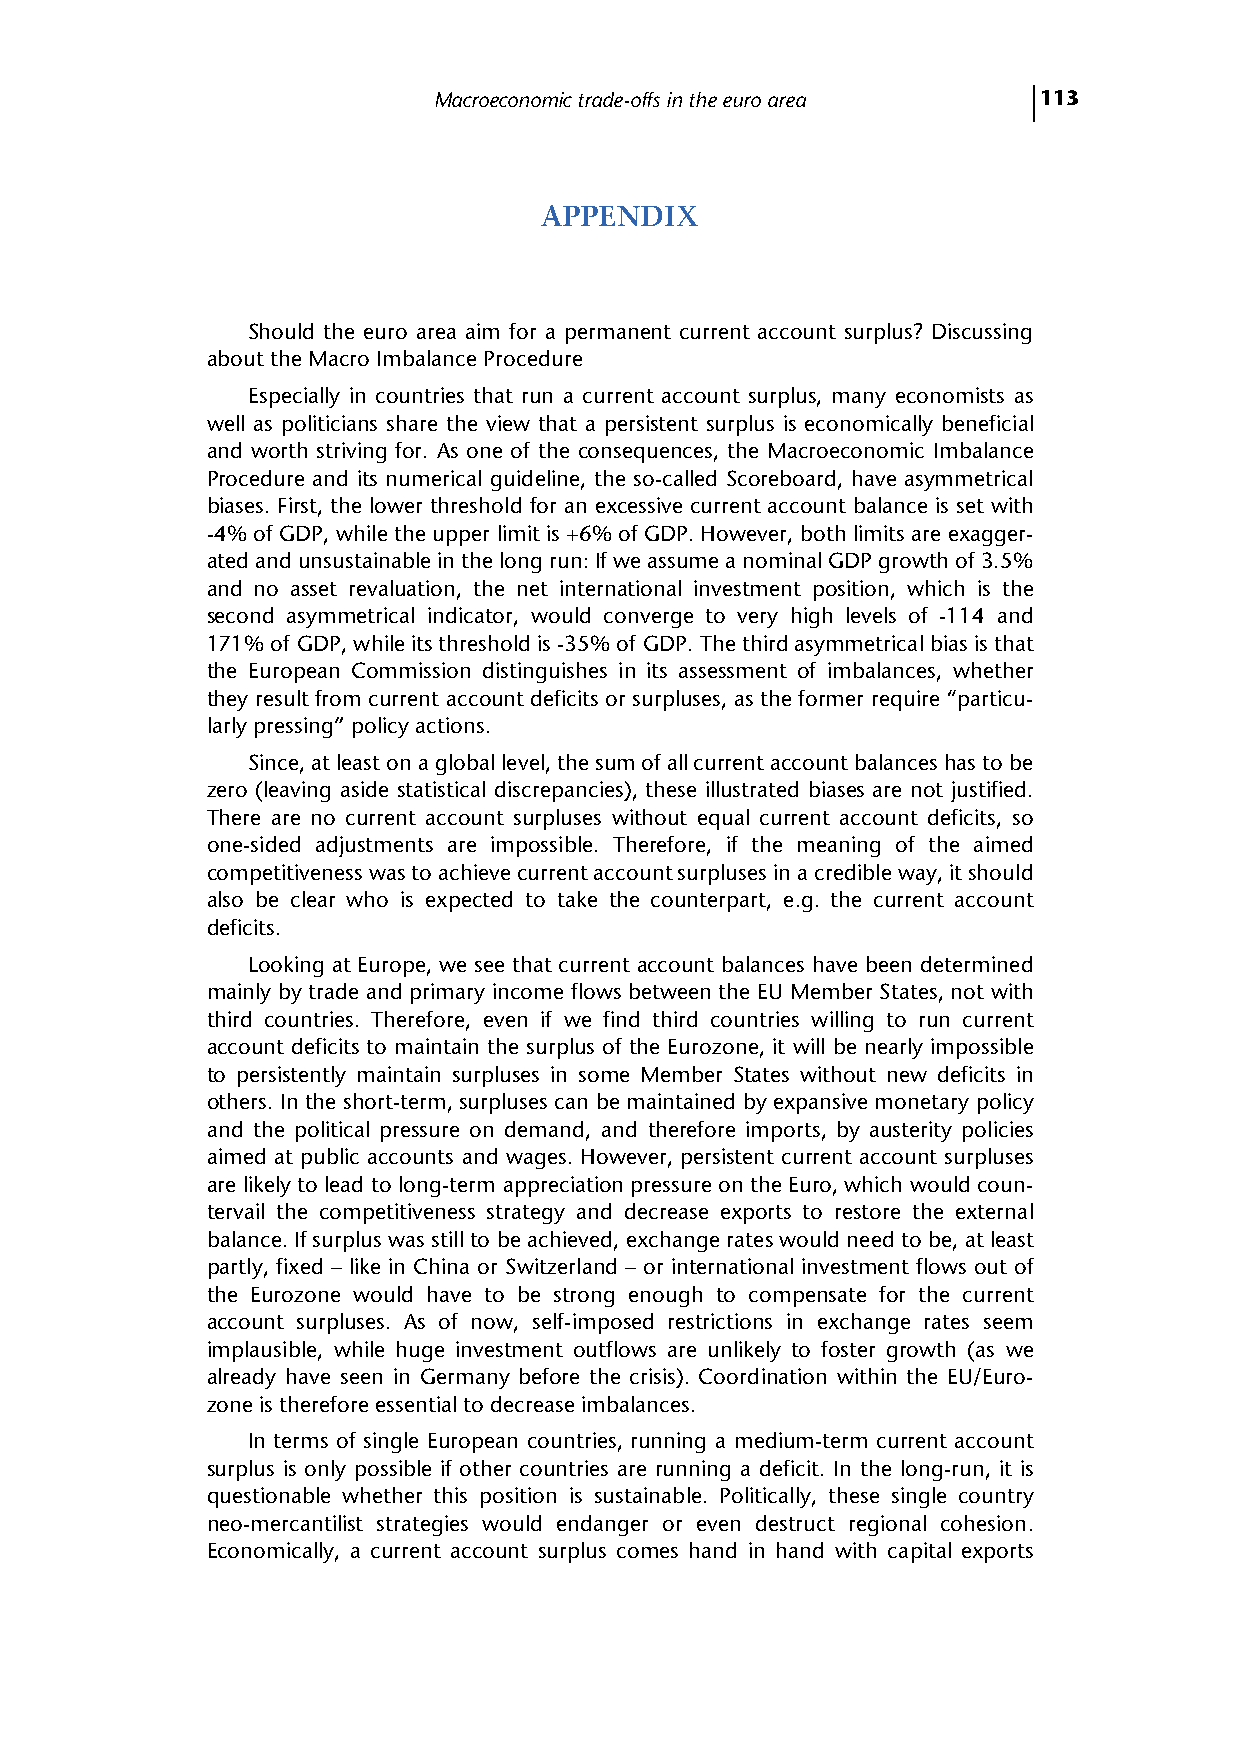
Macroeconomic trade-offs in the euro area 113
 APPENDIX
 Should the euro area aim for a permanent current account surplus? Discussing
 about the Macro Imbalance Procedure
 Especially in countries that run a current account surplus, many economists as
 well as politicians share the view that a persistent surplus is economically beneficial
 and worth striving for. As one of the consequences, the Macroeconomic Imbalance
 Procedure and its numerical guideline, the so-called Scoreboard, have asymmetrical
 biases. First, the lower threshold for an excessive current account balance is set with
 -4% of GDP, while the upper limit is +6% of GDP. However, both limits are exagger-
 ated and unsustainable in the long run: If we assume a nominal GDP growth of 3.5%
 and no asset revaluation, the net international investment position, which is the
 second asymmetrical indicator, would converge to very high levels of -114 and
 171% of GDP, while its threshold is -35% of GDP. The third asymmetrical bias is that
 the European Commission distinguishes in its assessment of imbalances, whether
 they result from current account deficits or surpluses, as the former require “particu-
 larly pressing” policy actions.
 Since, at least on a global level, the sum of all current account balances has to be
 zero (leaving aside statistical discrepancies), these illustrated biases are not justified.
 There are no current account surpluses without equal current account deficits, so
 one-sided adjustments are impossible. Therefore, if the meaning of the aimed
 competitiveness was to achieve current account surpluses in a credible way, it should
 also be clear who is expected to take the counterpart, e.g. the current account
 deficits.
 Looking at Europe, we see that current account balances have been determined
 mainly by trade and primary income flows between the EU Member States, not with
 third countries. Therefore, even if we find third countries willing to run current
 account deficits to maintain the surplus of the Eurozone, it will be nearly impossible
 to persistently maintain surpluses in some Member States without new deficits in
 others. In the short-term, surpluses can be maintained by expansive monetary policy
 and the political pressure on demand, and therefore imports, by austerity policies
 aimed at public accounts and wages. However, persistent current account surpluses
 are likely to lead to long-term appreciation pressure on the Euro, which would coun-
 tervail the competitiveness strategy and decrease exports to restore the external
 balance. If surplus was still to be achieved, exchange rates would need to be, at least
 partly, fixed – like in China or Switzerland – or international investment flows out of
 the Eurozone would have to be strong enough to compensate for the current
 account surpluses. As of now, self-imposed restrictions in exchange rates seem
 implausible, while huge investment outflows are unlikely to foster growth (as we
 already have seen in Germany before the crisis). Coordination within the EU/Euro-
 zone is therefore essential to decrease imbalances.
 In terms of single European countries, running a medium-term current account
 surplus is only possible if other countries are running a deficit. In the long-run, it is
 questionable whether this position is sustainable. Politically, these single country
 neo-mercantilist strategies would endanger or even destruct regional cohesion.
 Economically, a current account surplus comes hand in hand with capital exports